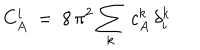
C _ { A } ^ { i } \ = \ 8 \, \pi ^ { 2 } \sum _ { k } \: c _ { A } ^ { k } \, \delta _ { i } ^ { k }